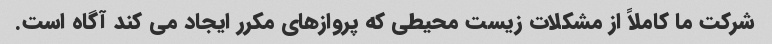
شرکت ما کاملاً از مشکلات زیست محیطی که پروازهای مکرر ایجاد می کند آگاه است.